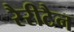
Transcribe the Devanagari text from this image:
रैरीटैन